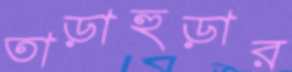
তাড়াহুড়ার